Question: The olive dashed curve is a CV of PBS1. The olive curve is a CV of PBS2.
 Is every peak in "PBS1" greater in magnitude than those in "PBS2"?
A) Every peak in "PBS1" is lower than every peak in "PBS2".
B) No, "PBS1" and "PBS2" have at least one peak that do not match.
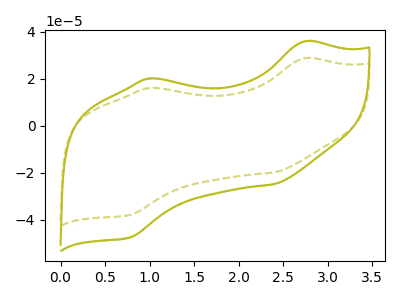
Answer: <think>The olive dashed curve "PBS1" has anodic peaks at (2.75V, 28.60uA) (1.00V, 16.00uA) and cathodic peaks at (2.40V, -19.85uA) (0.80V, -37.85uA). The olive curve "PBS2" has anodic peaks at (2.75V, 35.80uA) (1.00V, 20.05uA) and cathodic peaks at (2.40V, -24.80uA) (0.80V, -47.35uA).</think>
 <answer>A) Every peak in "PBS1" is lower than every peak in "PBS2".</answer>
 <eval>A</eval>